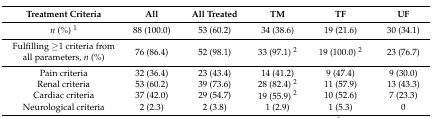
<table><thead><tr><td><b>Treatment Criteria</b></td><td><b>All</b></td><td><b>All Treated</b></td><td><b>TM</b></td><td><b>TF</b></td><td><b>UF</b></td></tr></thead><tbody><tr><td><i>n</i> (%) <sup>1</sup></td><td>88 (100.0)</td><td>53 (60.2)</td><td>34 (38.6)</td><td>19 (21.6)</td><td>30 (34.1)</td></tr><tr><td>Fulfilling ≥1 criteria from all parameters, <i>n</i> (%)</td><td>76 (86.4)</td><td>52 (98.1)</td><td>33 (97.1) <sup>2</sup></td><td>19 (100.0) <sup>2</sup></td><td>23 (76.7)</td></tr><tr><td>Pain criteria</td><td>32 (36.4)</td><td>23 (43.4)</td><td>14 (41.2)</td><td>9 (47.4)</td><td>9 (30.0)</td></tr><tr><td>Renal criteria</td><td>53 (60.2)</td><td>39 (73.6)</td><td>28 (82.4) <sup>2</sup></td><td>11 (57.9)</td><td>13 (43.3)</td></tr><tr><td>Cardiac criteria</td><td>37 (42.0)</td><td>29 (54.7)</td><td>19 (55.9) <sup>2</sup></td><td>10 (52.6)</td><td>7 (23.3)</td></tr><tr><td>Neurological criteria</td><td>2 (2.3)</td><td>2 (3.8)</td><td>1 (2.9)</td><td>1 (5.3)</td><td>0</td></tr></tbody></table>